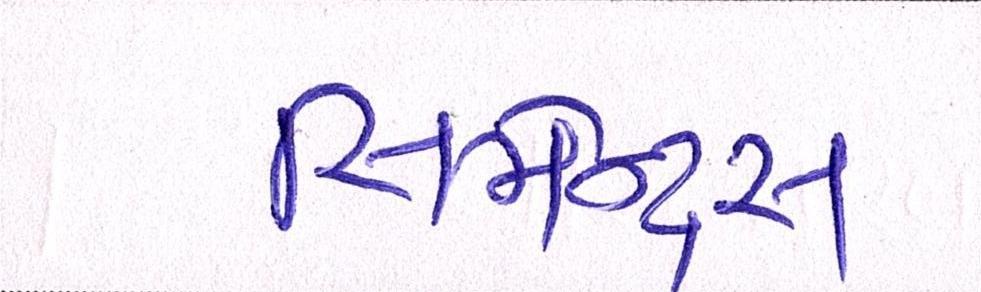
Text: સિમેન્ટ્સ